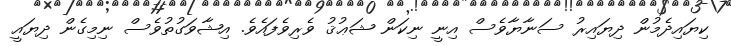
ކިޔައިދެމުން ދިޔައިރު ސަނާޔާވެސް އިނީ ނިކަން ޝަޢުޤު ވެރިވެފައެވެ. އިޝާވަގުތުވެސް ނިމިގެން ދިޔައީ